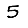
Digit: 5